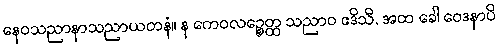
နေဝသညာနာသညာယတနံ။ န ကေဝလဉ္စေတ္ထ သညာဝ ဧဒိသီ, အထ ခေါ ဝေဒနာပိ